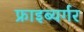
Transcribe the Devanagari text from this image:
फ्राइब्यर्गर